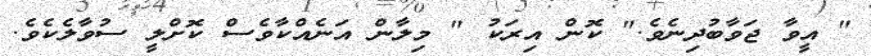
" އީވާ ޖަވާބުދިނެވެ." ކޮން އިރަކު " މިލާން އަނެއްކާވެސް ކޮށްލީ ސުވާލެކެވެ.